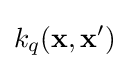
k_{q}({\textbf {x}},{\textbf {x}}')